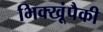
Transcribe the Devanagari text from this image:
भिक्खूंपैकी